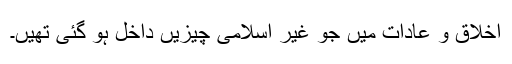
اخلاق و عادات میں جو غیر اسلامی چیزیں داخل ہو گئی تھیں۔